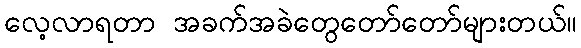
လေ့လာရတာ အခက်အခဲတွေတော်တော်များတယ်။